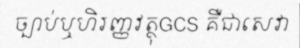
ច្បាប់ឬហិរញ្ញវត្ថុGCS គឺជាសេវា